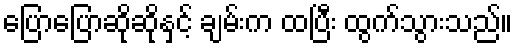
ပြောပြောဆိုဆိုနှင့် ချမ်းက ထပြီး ထွက်သွားသည်။